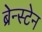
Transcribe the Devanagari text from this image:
ब्रेन्स्टेन